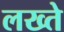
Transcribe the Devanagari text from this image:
लख्ते